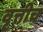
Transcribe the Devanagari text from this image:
वृत्तीच